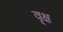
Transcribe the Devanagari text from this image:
वृक्ष